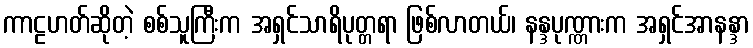
ကာဠဟတ်ဆိုတဲ့ စစ်သူကြီးက အရှင်သာရိပုတ္တရာ ဖြစ်လာတယ်၊ နန္ဒပုဏ္ဏားက အရှင်အာနန္ဒာ